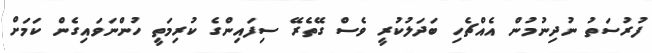
ފުރުސަތު ނުދިނުމުން އެއްޗެހި ބަދަލުކުރީ ވެސް ގޭތެރޭ ސިފައިންގެ ކުރިމަތީ ހުންނަވައިގެން ކަމަށް